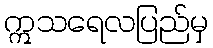
ဣသရေလပြည်မှ